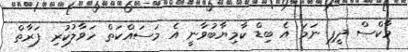
މާކްސް ދީފި ނަމަ އެ ބިޑް ކާމިޔާބުވާނީ އެ މަސައްކަތް ހަވާލުކުރި ފަރާތް